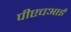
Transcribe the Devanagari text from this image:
पीएचआई